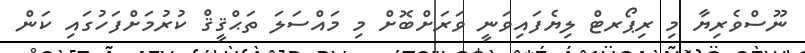
ނޫސްވެރިޔާ މި ރިޕޯރޓް ލިޔެފައިވަނީ ވަރަށްބޮށް މި މައްސަލަ ތަޙްޤީޤް ކުރުމަށްފަހުގައި ކަން